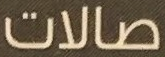
صالات